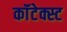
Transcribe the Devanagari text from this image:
कॉंटेक्स्ट